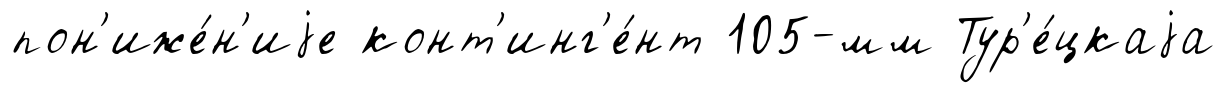
пон'иже́н'иjе конт'инг'е́нт 105-мм Тур'е́цкаjа